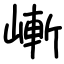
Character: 嶃